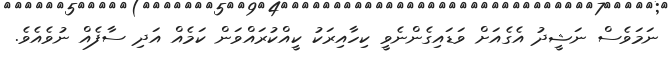
ނަމަވެސް ނަޝީދު އެގެއަށް ވަޑައިގެންނެވީ ކިހާއިރަކު ކީއްކުރައްވަން ކަމެއް އަދި ސާފެއް ނުވެއެވެ.